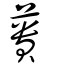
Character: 蕢